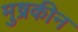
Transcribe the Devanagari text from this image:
मुष्रकीन